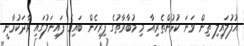
އުފުލައިލި ތިން ވަނަ ކުޅުންތެރިއާ މި މުބާރާތުގެ ފިރިހެން ބައިގެ ފައިނަލުގައި ވާދަކުރާނީ